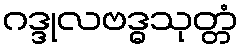
ဂဒ္ဒုလဗဒ္ဓသုတ္တံ